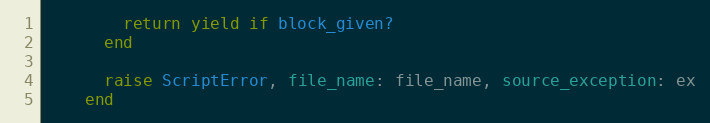
Language: Ruby
        return yield if block_given?
      end

      raise ScriptError, file_name: file_name, source_exception: ex
    end